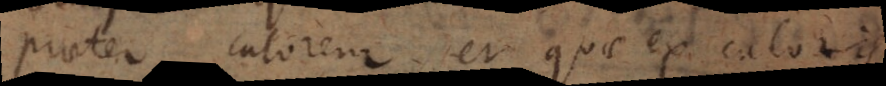
praeter calorem et quae ex caloris